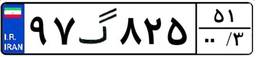
۹۷گ۸۲۵۵۱